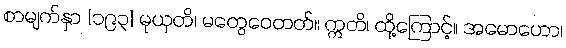
စာမျက်နှာ [၁၉၃] မုယှတိ၊ မတွေဝေတတ်။ ဣတိ၊ ထို့ကြောင့်။ အမောဟော၊